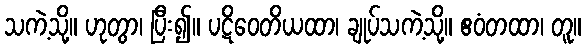
သကဲ့သို့။ ဟုတွာ၊ ပြီး၍။ ပဋိဝေတိယထာ၊ ချုပ်သကဲ့သို့။ ဧဝံတထာ၊ တူ။